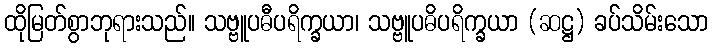
ထိုမြတ်စွာဘုရားသည်။ သဗ္ဗူပဓီပရိက္ခယာ၊ သဗ္ဗူပဓိပရိက္ခယာ (ဆဋ္ဌ) ခပ်သိမ်းသော